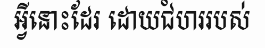
អ្វីនោះដែរ ដោយជំហររបស់